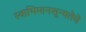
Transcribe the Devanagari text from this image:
स्वाभिमानशून्यतेचे